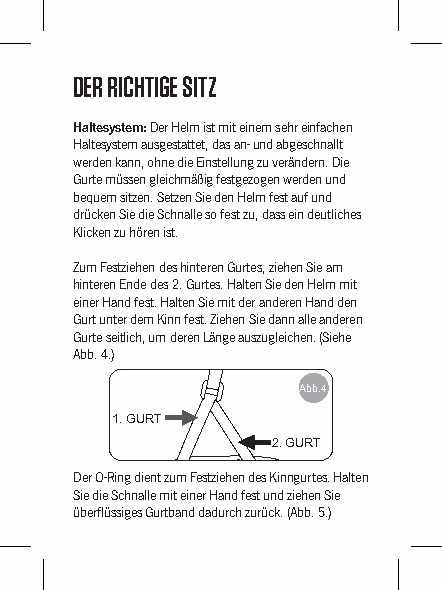
DER RICHTIGE SITZ
 Haltesystem: Der Helm ist mit einem sehr einfachen
 Haltesystem ausgestattet, das an- und abgeschnallt
 werden kann, ohne die Einstellung zu verändern. Die
 Gurte müssen gleichmäßig festgezogen werden und
 bequem sitzen. Setzen Sie den Helm fest auf und
 drücken Sie die Schnalle so fest zu, dass ein deutliches
 Klicken zu hören ist.
 Zum Festziehen des hinteren Gurtes, ziehen Sie am
 hinteren Ende des 2. Gurtes. Halten Sie den Helm mit
 einer Hand fest. Halten Sie mit der anderen Hand den
 Gurt unter dem Kinn fest. Ziehen Sie dann alle anderen
 Gurte seitlich, um deren Länge auszugleichen. (Siehe
 Abb. 4.)
 Abb. 4
 1. GURT
 2. GURT
 Der O-Ring dient zum Festziehen des Kinngurtes. Halten
 Sie die Schnalle mit einer Hand fest und ziehen Sie
 überflüssiges Gurtband dadurch zurück. (Abb. 5.)